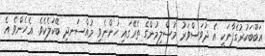
އަބޫބަކުރުގެފާނަކީ އެ ދުވަސްވަރު މުސްލިމުންގެ ތެރޭގައި ހުންނެވި މުއްސަނދި ބޭކަލެކެވެ. އެހެންވެ އެ